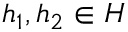
h _ { 1 } , h _ { 2 } \in H